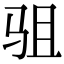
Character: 驵